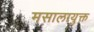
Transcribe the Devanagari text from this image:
मसालायुक्त